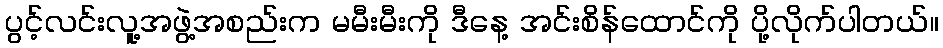
ပွင့်လင်းလူ့အဖွဲ့အစည်းက မမီးမီးကို ဒီနေ့ အင်းစိန်ထောင်ကို ပို့လိုက်ပါတယ်။